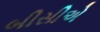
બીસીએ